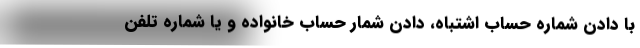
با دادن شماره حساب اشتباه، دادن شمار حساب خانواده و یا شماره تلفن